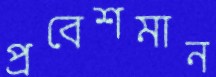
প্রবেশমান